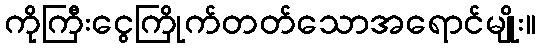
ကိုကြီးငွေကြိုက်တတ်သောအရောင်မျိုး။